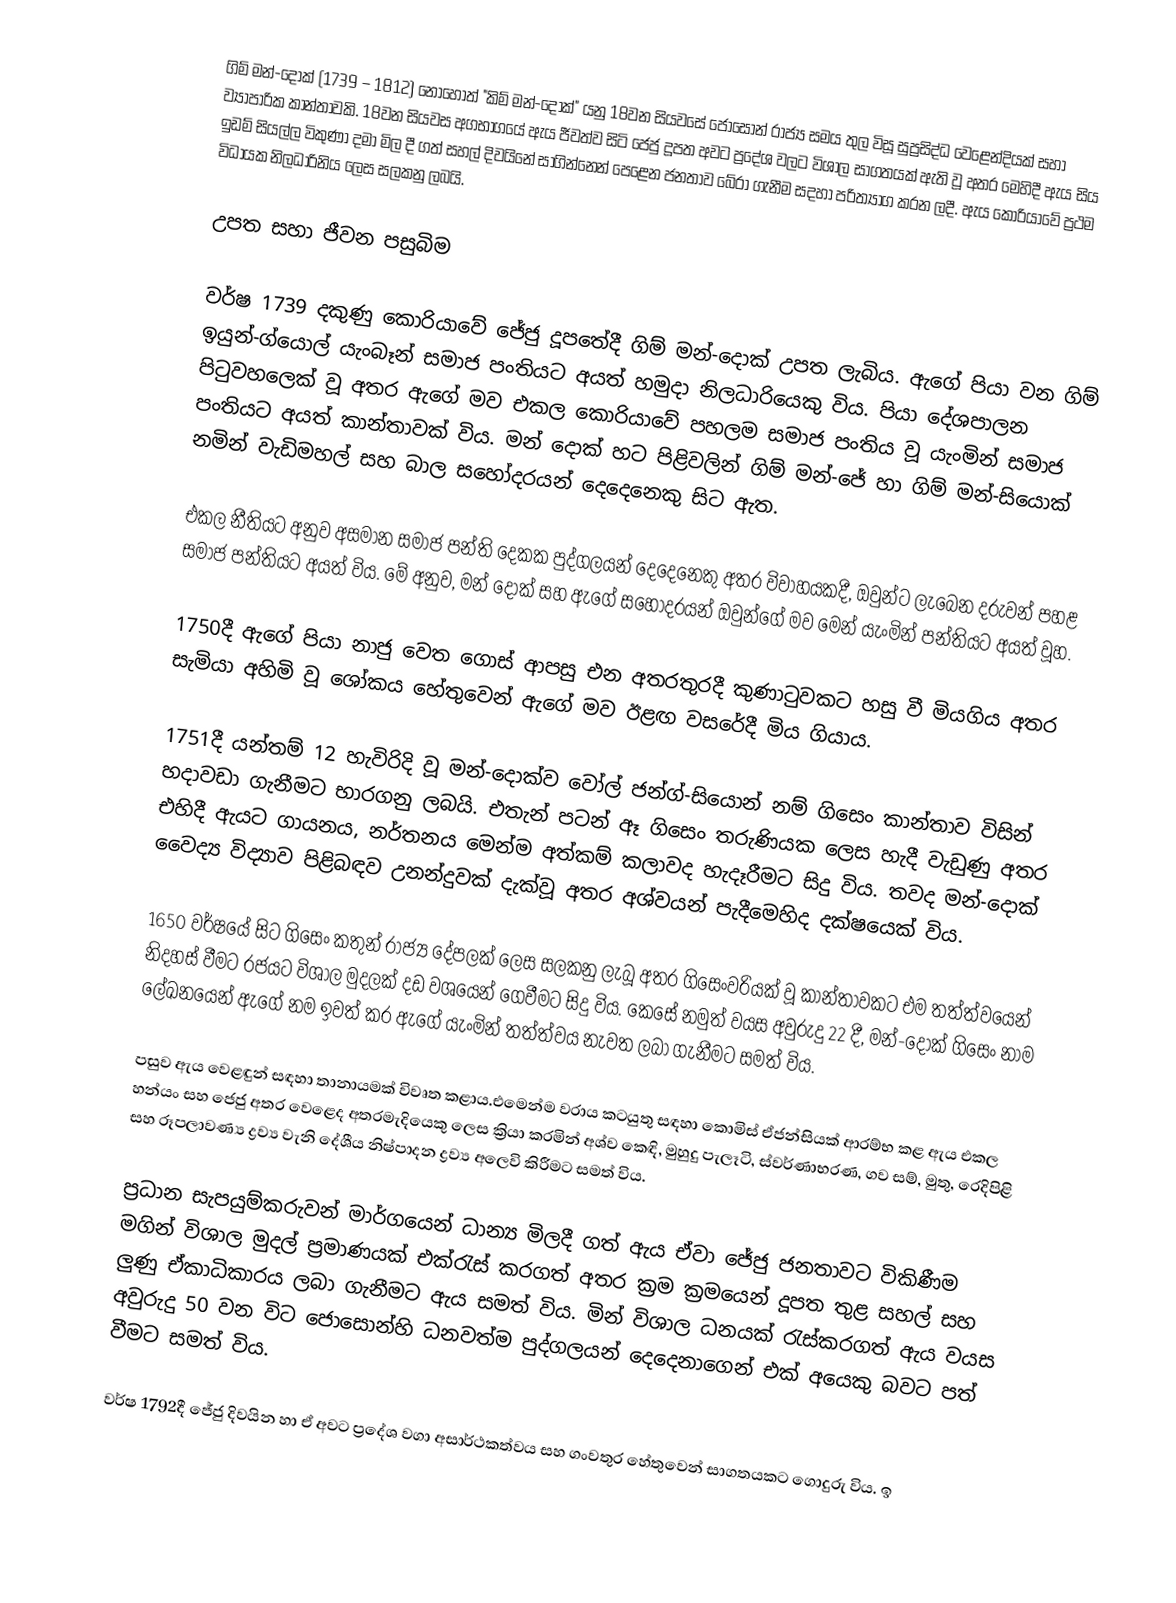
ගිම් මන්-දොක් (1739 – 1812) නොහොත් "කිම් මන්-දොක්" යනු 18වන සියවසේ ජොසොන් රාජ්‍ය සමය තුල විසූ සුප්‍රසිද්ධ වෙළෙන්දියක් සහා ව්‍යාපාරික කාන්තාවකි. 18වන සියවස අගභාගයේ ඇය ජීවත්ව සිටි ජෙජු දූපත අවට ප්‍රදේශ වලට විශාල සාගතයක් ඇති වූ අතර මෙහිදී ඇය සිය ඉඩම් සියල්ල විකුණා දමා මිල දී ගත් සහල් දිවයිනේ සාගින්නෙන් පෙළෙන ජනතාව බේරා ගැනීම සදහා පරිත්‍යාග කරන ලදී. ඇය කොරියාවේ ප්‍රථම විධායක නිලධාරිනිය ලෙස සලකනු ලබයි.

උපත සහා ජීවන පසුබිම

වර්ෂ 1739 දකුණු කොරියාවේ ජේජු දූපතේදී ගිම් මන්-දොක් උපත ලැබිය. ඇගේ පියා වන ගිම් ඉයුන්-ග්යොල් යැංබෑන් සමාජ පංතියට අයත් හමුදා නිලධාරියෙකු විය. පියා දේශපාලන පිටුවහලෙක් වූ අතර ඇගේ මව එකල කොරියාවේ පහලම සමාජ පංතිය වූ යැංමින් සමාජ පංතියට අයත් කාන්තාවක් විය. මන් දොක් හට පිළිවලින් ගිම් මන්-ජේ හා ගිම් මන්-සියොක් නමින් වැඩිමහල් සහ බාල සහෝදරයන් දෙදෙනෙකු සිට ඇත.

එකල නීතියට අනුව අසමාන සමාජ පන්ති දෙකක පුද්ගලයන් දෙදෙනෙකු අතර විවාහයකදී,  ඔවුන්ට ලැබෙන දරුවන් පහළ සමාජ පන්තියට අයත් විය. මේ අනුව, මන් දොක් සහ ඇගේ සහෝදරයන් ඔවුන්ගේ මව මෙන් යැංමින් පන්තියට අයත් වූහ.

1750දී ඇගේ පියා නාජු වෙත ගොස් ආපසු එන අතරතුරදී කුණාටුවකට හසු වී මියගිය අතර සැමියා අහිමි වූ ශෝකය හේතුවෙන් ඇගේ මව ඊළඟ වසරේදී මිය ගියාය.

1751දී යන්තම් 12 හැවිරිදි වූ මන්-දොක්ව වෝල් ජන්ග්-සියොන් නම් ගිසෙං කාන්තාව විසින් හදාවඩා ගැනීමට භාරගනු ලබයි. එතැන් පටන් ඈ ගිසෙං තරුණියක ලෙස හැදී වැඩුණු අතර එහිදී ඇයට ගායනය, නර්තනය මෙන්ම අත්කම් කලාවද හැදෑරීමට සිදු විය. තවද මන්-දොක් වෛද්‍ය විද්‍යාව පිළිබඳව උනන්දුවක් දැක්වූ අතර අශ්වයන් පැදීමෙහිද දක්ෂයෙක් විය.

1650 වර්ෂයේ සිට ගිසෙං කතුන් රාජ්‍ය දේපලක් ලෙස සලකනු ලැබූ අතර ගිසෙංවරියක් වූ කාන්තාවකට එම තත්ත්වයෙන් නිදහස් වීමට රජයට විශාල මුදලක් දඩ වශයෙන් ගෙවීමට සිදු විය. කෙසේ නමුත් වයස අවුරුදු 22 දී, මන්-දොක් ගිසෙං නාම ලේඛනයෙන් ඇගේ නම ඉවත් කර ඇගේ යැංමින් තත්ත්වය නැවත ලබා ගැනීමට සමත් විය.

පසුව ඇය වෙළඳුන් සඳහා තානායමක් විවෘත කළාය.එමෙන්ම වරාය කටයුතු සඳහා කොමිස් ඒජන්සියක් ආරම්භ කළ ඇය එකල හන්යං සහ ජෙජු අතර වෙළෙද අතරමැදියෙකු ලෙස ක්‍රියා කරමින් අශ්ව කෙඳි, මුහුදු පැලෑටි, ස්වර්ණාභරණ, ගව සම්, මුතු, රෙදිපිළි සහ රූපලාවණ්‍ය ද්‍රව්‍ය වැනි දේශීය නිෂ්පාදන ද්‍රව්‍ය අලෙවි කිරීමට සමත් විය.

ප්‍රධාන සැපයුම්කරුවන් මාර්ගයෙන් ධාන්‍ය මිලදී ගත් ඇය ඒවා ජේජු ජනතාවට විකිණීම මගින් විශාල මුදල් ප්‍රමාණයක් එක්රැස් කරගත් අතර ක්‍රම ක්‍රමයෙන් දූපත තුළ සහල් සහ ලුණු ඒකාධිකාරය ලබා ගැනීමට ඇය සමත් විය. මින් විශාල ධනයක් රැස්කරගත් ඇය වයස අවුරුදු 50 වන විට ජොසොන්හි ධනවත්ම පුද්ගලයන් දෙදෙනාගෙන් එක් අයෙකු බවට පත් වීමට සමත් විය.

වර්ෂ 1792දී ජේජු දිවයින හා ඒ අවට ප්‍රදේශ වගා අසාර්ථකත්වය සහ ගංවතුර හේතුවෙන් සාගතයකට ගොදුරු විය. ඉ